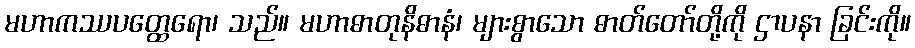
မဟာကဿပတ္ထေရော၊ သည်။ မဟာဓာတုနိဓာနံ၊ များစွာသော ဓာတ်တော်တို့ကို ဌာပနာ ခြင်းကို။